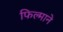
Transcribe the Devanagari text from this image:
फिल्‍माने